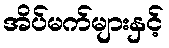
အိပ်မက်များနှင့်